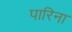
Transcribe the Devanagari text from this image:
पारिना